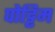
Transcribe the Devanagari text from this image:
पोट्टिम